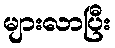
များလာပြီး